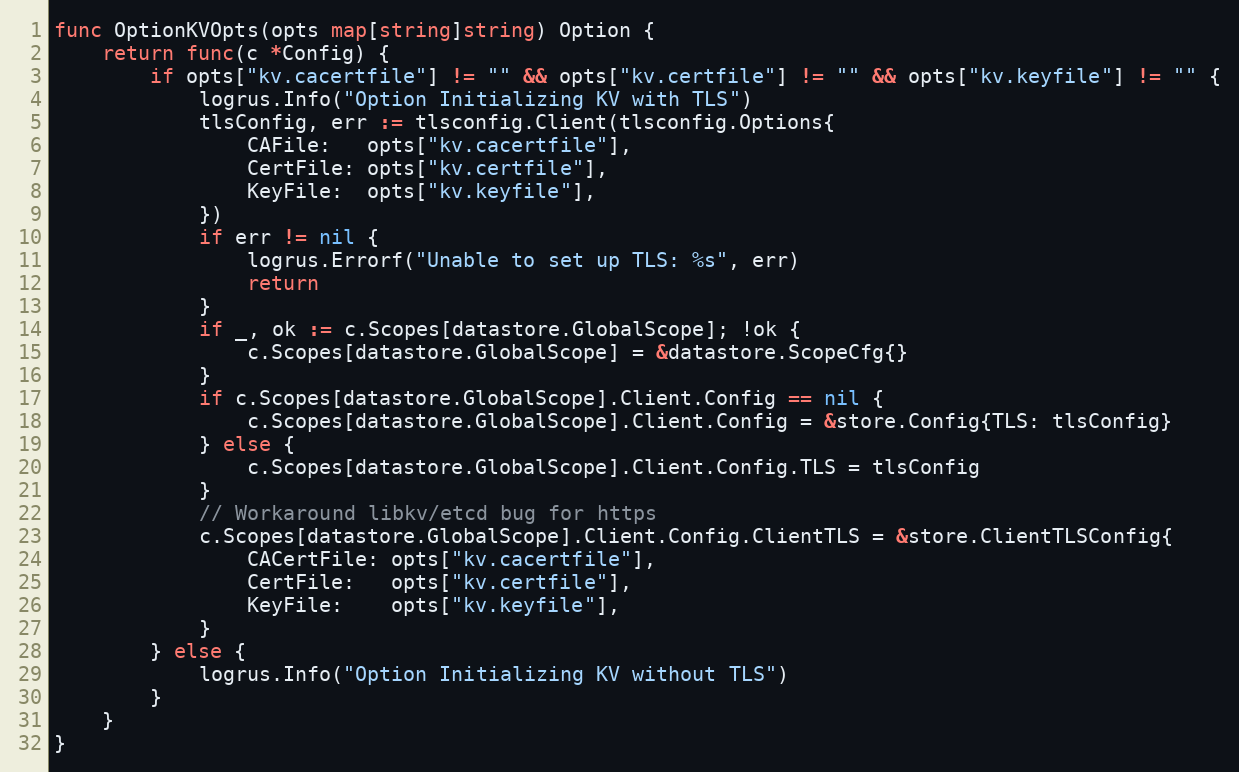
Language: Go
func OptionKVOpts(opts map[string]string) Option {
	return func(c *Config) {
		if opts["kv.cacertfile"] != "" && opts["kv.certfile"] != "" && opts["kv.keyfile"] != "" {
			logrus.Info("Option Initializing KV with TLS")
			tlsConfig, err := tlsconfig.Client(tlsconfig.Options{
				CAFile:   opts["kv.cacertfile"],
				CertFile: opts["kv.certfile"],
				KeyFile:  opts["kv.keyfile"],
			})
			if err != nil {
				logrus.Errorf("Unable to set up TLS: %s", err)
				return
			}
			if _, ok := c.Scopes[datastore.GlobalScope]; !ok {
				c.Scopes[datastore.GlobalScope] = &datastore.ScopeCfg{}
			}
			if c.Scopes[datastore.GlobalScope].Client.Config == nil {
				c.Scopes[datastore.GlobalScope].Client.Config = &store.Config{TLS: tlsConfig}
			} else {
				c.Scopes[datastore.GlobalScope].Client.Config.TLS = tlsConfig
			}
			// Workaround libkv/etcd bug for https
			c.Scopes[datastore.GlobalScope].Client.Config.ClientTLS = &store.ClientTLSConfig{
				CACertFile: opts["kv.cacertfile"],
				CertFile:   opts["kv.certfile"],
				KeyFile:    opts["kv.keyfile"],
			}
		} else {
			logrus.Info("Option Initializing KV without TLS")
		}
	}
}